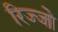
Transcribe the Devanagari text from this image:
रिज्‍जो